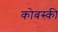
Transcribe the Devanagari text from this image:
कोबस्की